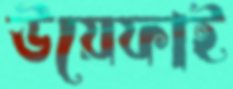
উয়েফাই